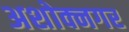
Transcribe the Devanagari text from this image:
अशोक्नगर